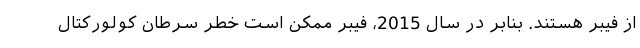
از فیبر هستند. بنابر در سال 2015، فیبر ممکن است خطر سرطان کولورکتال